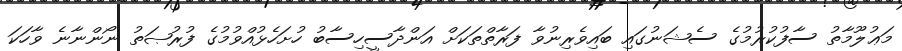
މަޢުލޫމާތު ސާފުކުރުމުގެ ސެޝަނުގައި ބައިވެރިނުވާ ފަރާތްތަކަށް އަންދާސީހިސާބު ހުށަހެޅުއްވުމުގެ ފުރުޞަތު ނޯންނާނެ ވާހަކަ